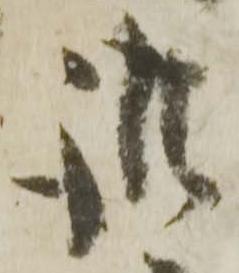
誰